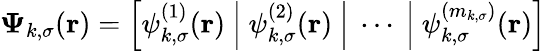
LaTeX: \boldsymbol{\Psi}_{k,\sigma}(\boldsymbol{\textbf{r}})=\left[\psi_{k,\sigma}^{(1)}(\boldsymbol{\textbf{r}})~\middle|~\psi_{k,\sigma}^{(2)}(\boldsymbol{\textbf{r}})~\middle|~\cdots~\middle|~\psi_{k,\sigma}^{(m_{k,\sigma})}(\boldsymbol{\textbf{r}})\right]